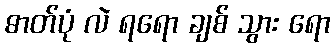
ဓာတ်ပုံ လဲ ရရော ချစ် သွား ရော